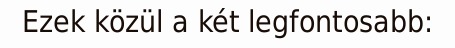
Ezek közül a két legfontosabb: